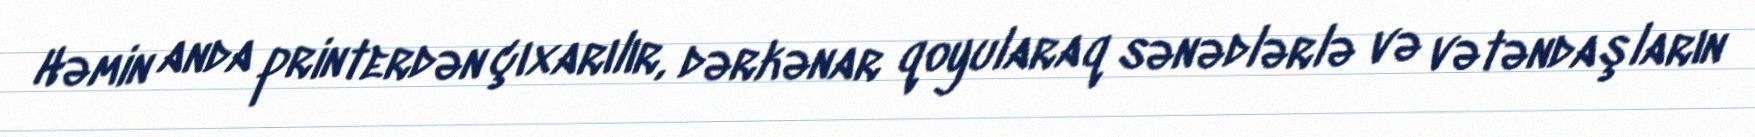
Həmin anda printerdən çıxarılır, dərkənar qoyularaq sənədlərlə və vətəndaşların